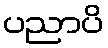
ပညာပိ